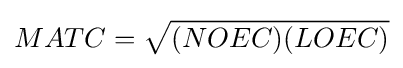
MATC={\sqrt {(NOEC)(LOEC)}}